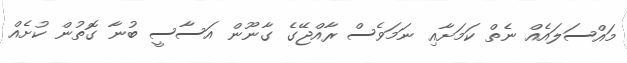
މައްސަލައެއް ނެތް ކަމަށާއި ނަމަވެސް ރާއްޖޭގެ ގާނޫން އަސާސީ ބުނާ ގޮތުން ކުށެއް